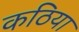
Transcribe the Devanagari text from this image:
कठिया